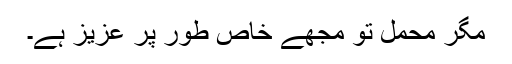
مگر محمل تو مجھے خاص طور پر عزیز ہے۔